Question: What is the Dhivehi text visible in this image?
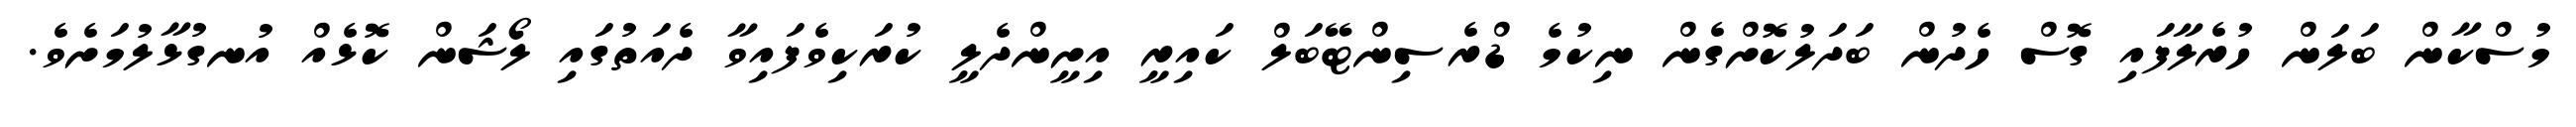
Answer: މުސްކާން ބަލަން ހުރެލާފައި ގޮސް ހެދުން ބަދަލުކޮށްގެން ނިކުމެ ޑްރެސިންޓޭބަލް ކައިރީ އިށީންދެލީ ކުރަކިވެފައިވާ ދެއަތުގައި ލޯޝަން ކޮޅެއް އުނގުޅާލުމަށެވެ.